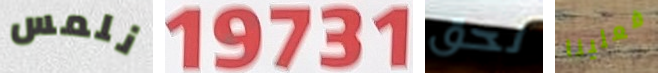
نلمس 19731 لحق فعلينا